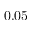
0 . 0 5